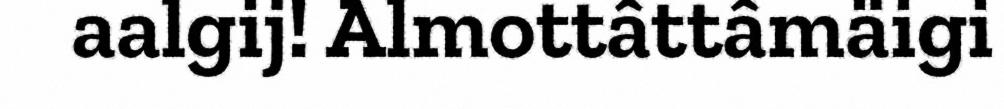
aalgij! Almottâttâmäigi